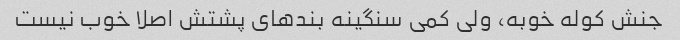
جنش کوله خوبه، ولی کمی سنگینه بندهای پشتش اصلا خوب نیست